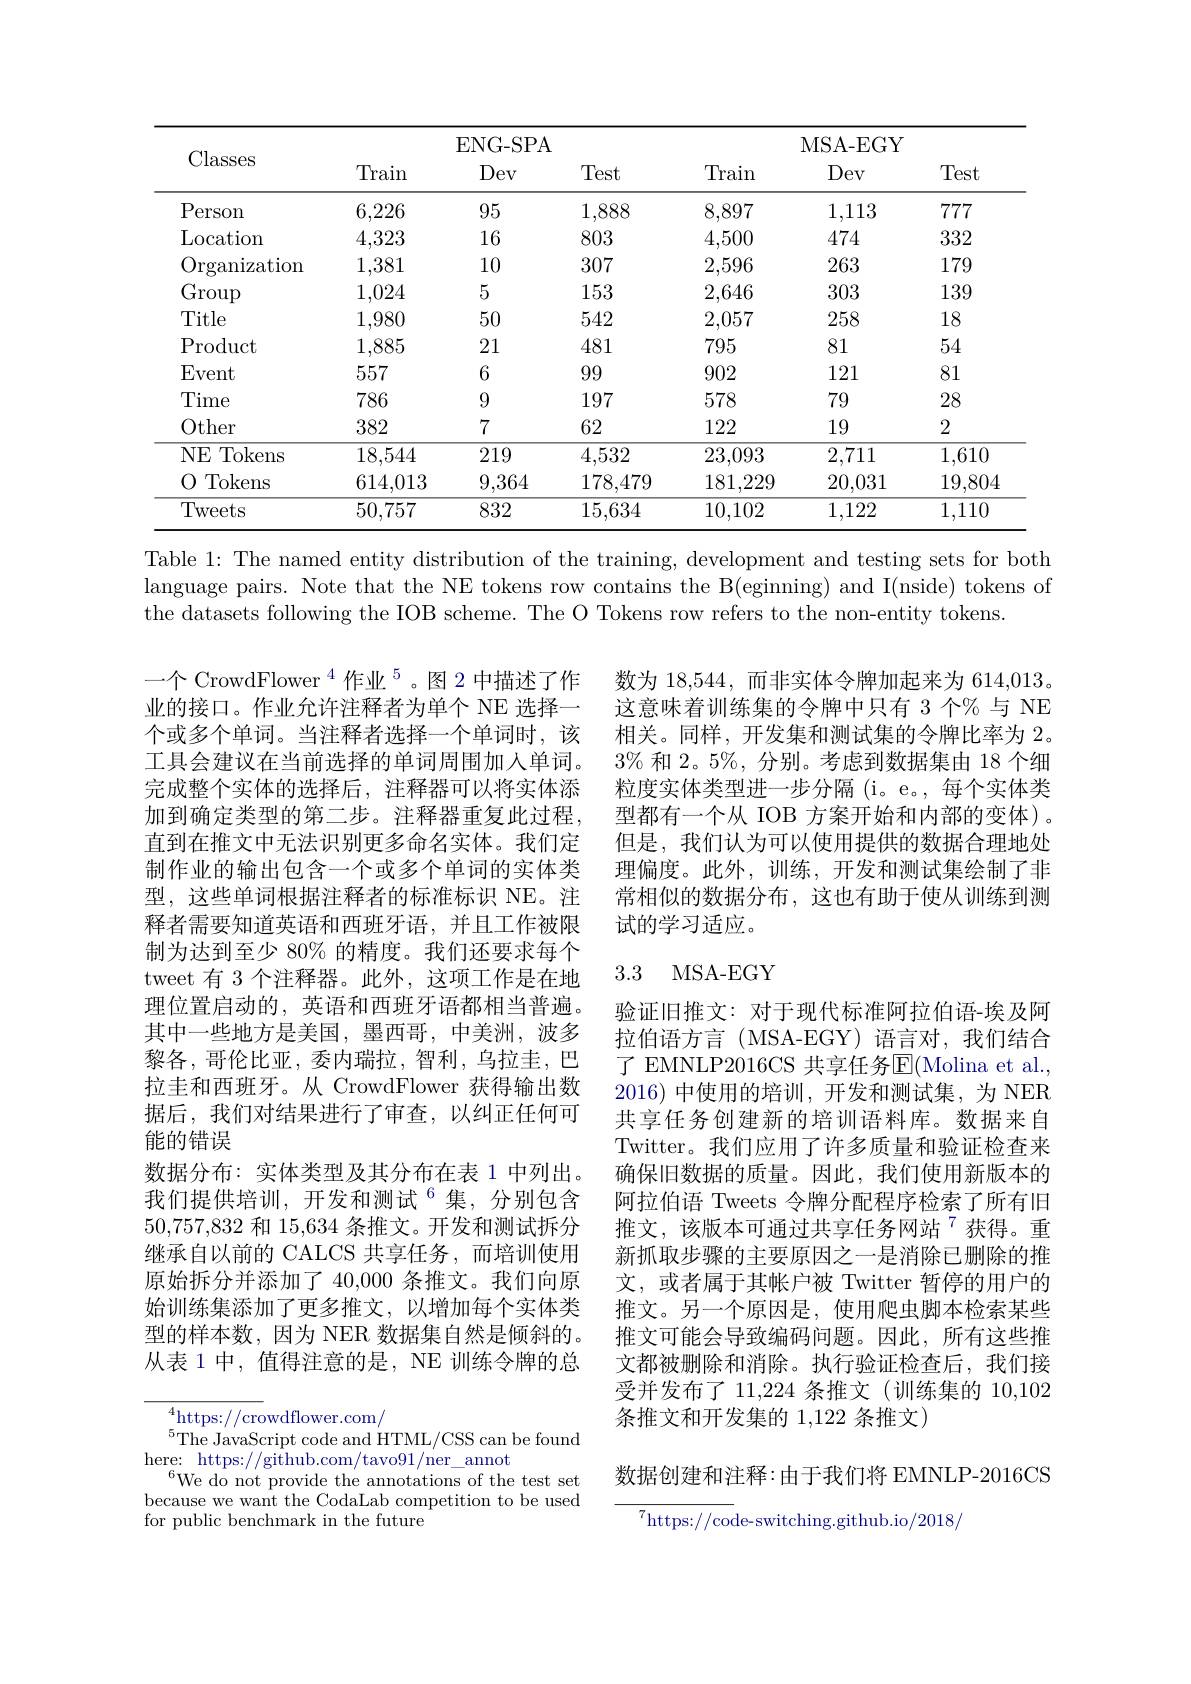
<table>
	<tbody>
		<tr>
			<th rowspan="2">Classes</th>
			<th colspan="3">ENG- SPA</th>
			<th colspan="3">MSA- EGY</th>
		</tr>
		<tr>
			<th>Train</th>
			<th>Dev</th>
			<th>Test</th>
			<th>Train</th>
			<th>Dev</th>
			<th>Test</th>
		</tr>
		<tr>
			<td>$P$ erson</td>
			<td>6,226</td>
			<td>95</td>
			<td>1,888</td>
			<td>8,897</td>
			<td>1,113</td>
			<td>777</td>
		</tr>
		<tr>
			<td>Location</td>
			<td>4,323</td>
			<td>16</td>
			<td>803</td>
			<td>4,500</td>
			<td>474</td>
			<td>332</td>
		</tr>
		<tr>
			<td>Organization</td>
			<td>1,381</td>
			<td>10</td>
			<td>307</td>
			<td>2,596</td>
			<td>263</td>
			<td>179</td>
		</tr>
		<tr>
			<td>Group</td>
			<td>1,024</td>
			<td>5</td>
			<td>153</td>
			<td>2,646</td>
			<td>303</td>
			<td>139</td>
		</tr>
		<tr>
			<td>Title</td>
			<td>1,980</td>
			<td>50</td>
			<td>542</td>
			<td>2,057</td>
			<td>258</td>
			<td>18</td>
		</tr>
		<tr>
			<td>Product</td>
			<td>1,885</td>
			<td>21</td>
			<td>481</td>
			<td>795</td>
			<td>81</td>
			<td>54</td>
		</tr>
		<tr>
			<td>Event</td>
			<td>557</td>
			<td>6</td>
			<td>99</td>
			<td>902</td>
			<td>121</td>
			<td>81</td>
		</tr>
		<tr>
			<td>Time</td>
			<td>786</td>
			<td>9</td>
			<td>197</td>
			<td>578</td>
			<td>79</td>
			<td>28</td>
		</tr>
		<tr>
			<td>Other</td>
			<td>382</td>
			<td>7</td>
			<td>62</td>
			<td>122</td>
			<td>19</td>
			<td>2</td>
		</tr>
		<tr>
			<td>Tokens $NE$ </td>
			<td>18,544</td>
			<td>219</td>
			<td>4,532</td>
			<td>23,093</td>
			<td>2,711</td>
			<td>1,610</td>
		</tr>
		<tr>
			<td>0 Tokens</td>
			<td>614,013</td>
			<td>9,364</td>
			<td>178,479</td>
			<td>181,229</td>
			<td>20,031</td>
			<td>19,804</td>
		</tr>
		<tr>
			<td>Tweets</td>
			<td>50,757</td>
			<td>832</td>
			<td>15,634</td>
			<td>10,102</td>
			<td>1,122</td>
			<td>1,110</td>
		</tr>
	</tbody>
</table>

Table 1: The named entity distribution of the training, development and testing sets for both language pairs. Note that the NE tokens row contains the B(eginning) and I(nside) tokens of the datasets following the IOB scheme. The O Tokens row refers to the non-entity tokens.

数为 18,544,而非实体令牌加起来为 614,013。这意味着训练集的令牌中只有 3 个% 与 NE 相关。同样，开发集和测试集的令牌比率为 2。$3\%$和 2。5%, 分别。考虑到数据集由 18 个细粒度实体类型进一步分隔 (i。e。, 每个实体类型都有一个从 IOB 方案开始和内部的变体)。但是，我们认为可以使用提供的数据合理地处理偏度。此外，训练，开发和测试集绘制了非常相似的数据分布，这也有助于使从训练到测试的学习适应。

## 3.3 MSA-EGY

一个 CrowdFlower $^{4}$ 作业$^{5}$。图 2 中描述了作业的接口。作业允许注释者为单个 NE 选择一个或多个单词。当注释者选择一个单词时，该工具会建议在当前选择的单词周围加入单词。完成整个实体的选择后，注释器可以将实体添加到确定类型的第二步。注释器重复此过程， 直到在推文中无法识别更多命名实体。我们定制作业的输出包含一个或多个单词的实体类型，这些单词根据注释者的标准标识 NE。注释者需要知道英语和西班牙语，并且工作被限制为达到至少 80% 的精度。我们还要求每个tweet 有 3 个注释器。此外，这项工作是在地理位置启动的，英语和西班牙语都相当普遍。其中一些地方是美国，墨西哥，中美洲，波多黎各，哥伦比亚，委内瑞拉，智利，乌拉圭，巴拉圭和西班牙。从 CrowdFlower 获得输出数据后，我们对结果进行了审查，以纠正任何可能的错误
数据分布：实体类型及其分布在表 1 中列出。我们提供培训，开发和测试$^{6}$集，分别包含50,757,832和 15,634 条推文。开发和测试拆分继承自以前的 CALCS 共享任务，而培训使用原始拆分并添加了 40,000 条推文。我们向原始训练集添加了更多推文，以增加每个实体类型的样本数，因为 NER 数据集自然是倾斜的。从表 1 中，值得注意的是，NE 训练令牌的总

验证旧推文：对于现代标准阿拉伯语-埃及阿拉伯语方言(MSA-EGY)语言对，我们结合了 EMNLP2016CS 共享任务E(Molina et al. 2016)中使用的培训，开发和测试集，为 NER 共享任务创建新的培训语料库。数据来自Twitter。我们应用了许多质量和验证检查来确保旧数据的质量。因此，我们使用新版本的阿拉伯语 Tweets 令牌分配程序检索了所有旧推文，该版本可通过共享任务网站$^{7}$获得。重新抓取步骤的主要原因之一是消除已删除的推文，或者属于其帐户被 Twitter 暂停的用户的推文。另一个原因是，使用爬虫脚本检索某些推文可能会导致编码问题。因此，所有这些推文都被删除和消除。执行验证检查后，我们接受并发布了 11,224 条推文(训练集的 10,102条推文和开发集的 1,122 条推文)

$^{4}$https://crowdflower.com/
$^{5}$The JavaScript code and HTML/CSS can be found
here: https://github.com/tavo91/ner\_annot
$^{6}$We do not provide the annotations of the test set because we want the CodaLab competition to be used for public benchmark in the future

数据创建和注释：由于我们将 EMNLP-2016CS

${^{7}\mathrm{https:}//\mathrm{code-switching.github.io/2018/}}$